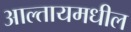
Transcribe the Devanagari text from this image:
आल्तायमधील